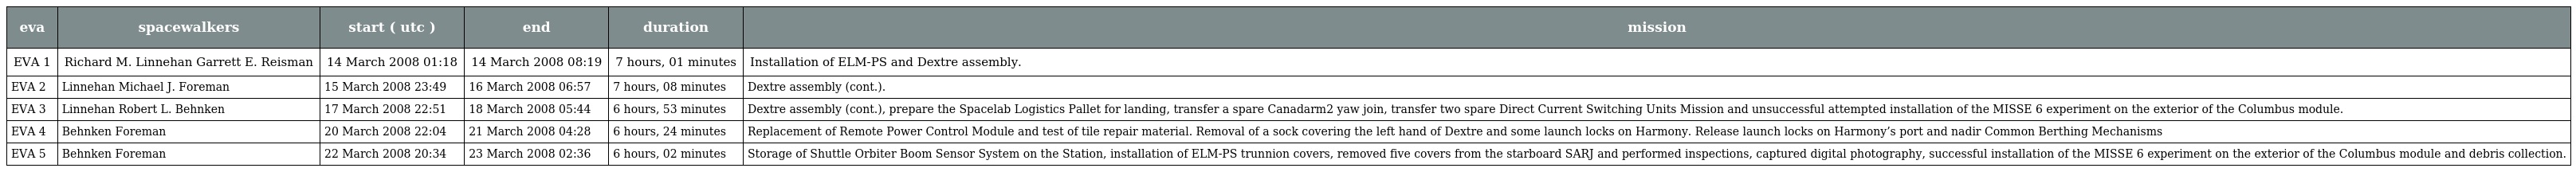
| eva | spacewalkers | start ( utc ) | end | duration | mission |
 | --- | --- | --- | --- | --- | --- |
 | EVA 1 | Richard M. Linnehan Garrett E. Reisman | 14 March 2008 01:18 | 14 March 2008 08:19 | 7 hours, 01 minutes | Installation of ELM-PS and Dextre assembly. |
 | EVA 2 | Linnehan Michael J. Foreman | 15 March 2008 23:49 | 16 March 2008 06:57 | 7 hours, 08 minutes | Dextre assembly (cont.). |
 | EVA 3 | Linnehan Robert L. Behnken | 17 March 2008 22:51 | 18 March 2008 05:44 | 6 hours, 53 minutes | Dextre assembly (cont.), prepare the Spacelab Logistics Pallet for landing, transfer a spare Canadarm2 yaw join, transfer two spare Direct Current Switching Units Mission and unsuccessful attempted installation of the MISSE 6 experiment on the exterior of the Columbus module. |
 | EVA 4 | Behnken Foreman | 20 March 2008 22:04 | 21 March 2008 04:28 | 6 hours, 24 minutes | Replacement of Remote Power Control Module and test of tile repair material. Removal of a sock covering the left hand of Dextre and some launch locks on Harmony. Release launch locks on Harmony’s port and nadir Common Berthing Mechanisms |
 | EVA 5 | Behnken Foreman | 22 March 2008 20:34 | 23 March 2008 02:36 | 6 hours, 02 minutes | Storage of Shuttle Orbiter Boom Sensor System on the Station, installation of ELM‐PS trunnion covers, removed five covers from the starboard SARJ and performed inspections, captured digital photography, successful installation of the MISSE 6 experiment on the exterior of the Columbus module and debris collection. |